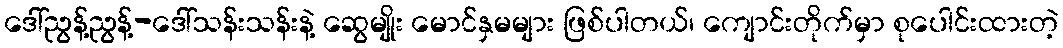
ဒေါ်ညွန့်ညွန့်-ဒေါ်သန်းသန်းနဲ့ ဆွေမျိုး မောင်နှမများ ဖြစ်ပါတယ်၊ ကျောင်းတိုက်မှာ စုပေါင်းထားတဲ့